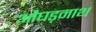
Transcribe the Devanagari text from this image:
औघड़नाथ